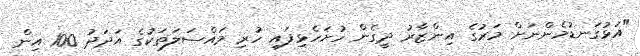
"އަޅުގަނޑުމެންނަށް މަރުގެ އިންޒާރު ދީގެން ހުށަހެޅިފައި ހުރި މައްސަލަތަކުގެ އަދަދު 100 އިން